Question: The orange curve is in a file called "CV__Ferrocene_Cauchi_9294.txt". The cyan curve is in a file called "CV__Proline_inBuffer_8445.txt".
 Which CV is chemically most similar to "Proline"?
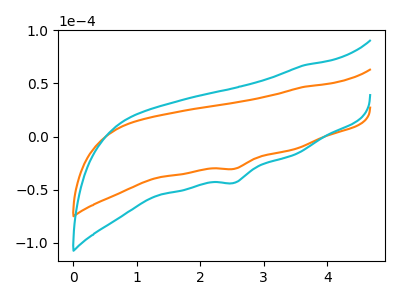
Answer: <think>The orange curve "Ferrocene" has a cathodic peak at: (2.55V, -30.30uA). The cyan curve "Proline" has a cathodic peak at: (2.55V, -43.45uA).
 All the peaks in "Ferrocene" have a peak in "Proline" at the same potential. Every peak in "Ferrocene" is lower than every peak in "Proline".</think>
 <answer>The CV with the most similar shape to "Ferrocene" is "Proline".</answer>
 <eval>"Proline"</eval>